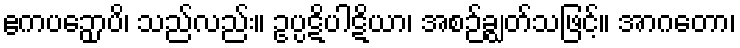
ဧကပဉှောပိ၊ သည်လည်း။ ဥပ္ပဋိပါဋိယာ၊ အစဉ်ချွတ်သဖြင့်။ အာဂတော၊